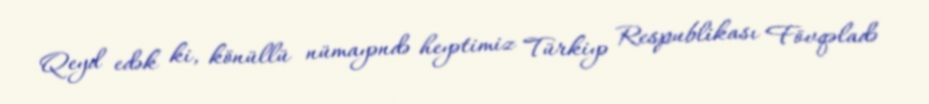
Qeyd edək ki, könüllü nümayəndə heyətimiz Türkiyə Respublikası Fövqəladə